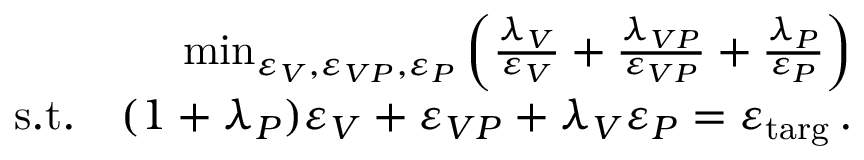
\begin{array} { r } { \operatorname* { m i n } _ { \varepsilon _ { V } , \varepsilon _ { V P } , \varepsilon _ { P } } \left( \frac { \lambda _ { V } } { \varepsilon _ { V } } + \frac { \lambda _ { V P } } { \varepsilon _ { V P } } + \frac { \lambda _ { P } } { \varepsilon _ { P } } \right) } \\ { \mathrm { s . t . } \quad ( 1 + \lambda _ { P } ) \varepsilon _ { V } + \varepsilon _ { V P } + \lambda _ { V } \varepsilon _ { P } = \varepsilon _ { \mathrm { t a r g } } \, . } \end{array}